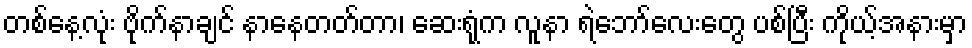
တစ်နေ့လုံး ဗိုက်နာချင် နာနေတတ်တာ၊ ဆေးရုံက လူနာ ရဲဘော်လေးတွေ ပစ်ပြီး ကိုယ့်အနားမှာ